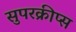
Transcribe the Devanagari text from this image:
सुपरक्रीप्स